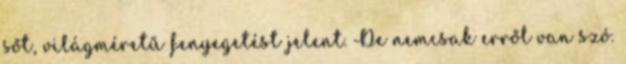
sőt, világméretű fenyegetést jelent. De nemcsak erről van szó.